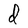
Character: d